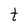
Character: F